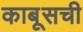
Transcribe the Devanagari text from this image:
काबूसची